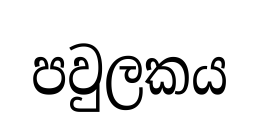
පවුලකය